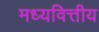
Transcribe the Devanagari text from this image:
मध्यवित्तीय